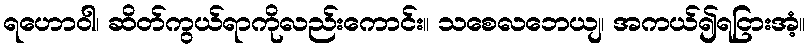
ရဟောဝါ၊ ဆိတ်ကွယ်ရာကိုလည်းကောင်း။ သစေလဘေယျ၊ အကယ်၍ရငြားအံ့။